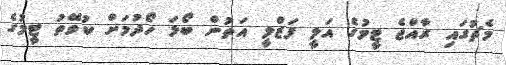
މެޗުގައި ރާއްޖެ ޓީމުގެ އަލީ ފަޒްލީ އަތުން ބޯޅަ ހޯދުމަށް ކުވޭތު ޓީމުގެ